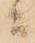
ニ